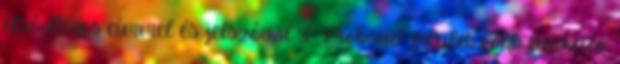
elsődleges címmel és jelszóval 3 „Probono” felület Főbb funkciók